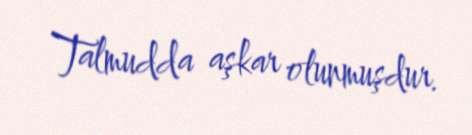
Talmudda aşkar olunmuşdur.